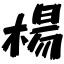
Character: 楊